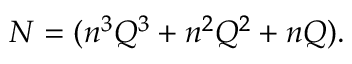
N = ( n ^ { 3 } Q ^ { 3 } + n ^ { 2 } Q ^ { 2 } + n Q ) .